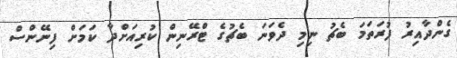
ގެންދާއިރު ފުރަތަމަ ބެޗު ނިމި ދެވަނަ ބެޗުގެ ޓްރޭނިން ކުރިއަށްދާ ކަމަށް ފިނޭންސް